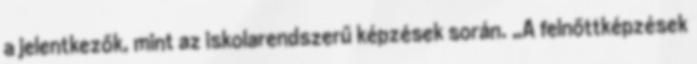
a jelentkezők, mint az iskolarendszerű képzések során. „A felnőttképzések